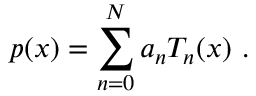
p ( x ) = \sum _ { n = 0 } ^ { N } a _ { n } T _ { n } ( x ) ~ .